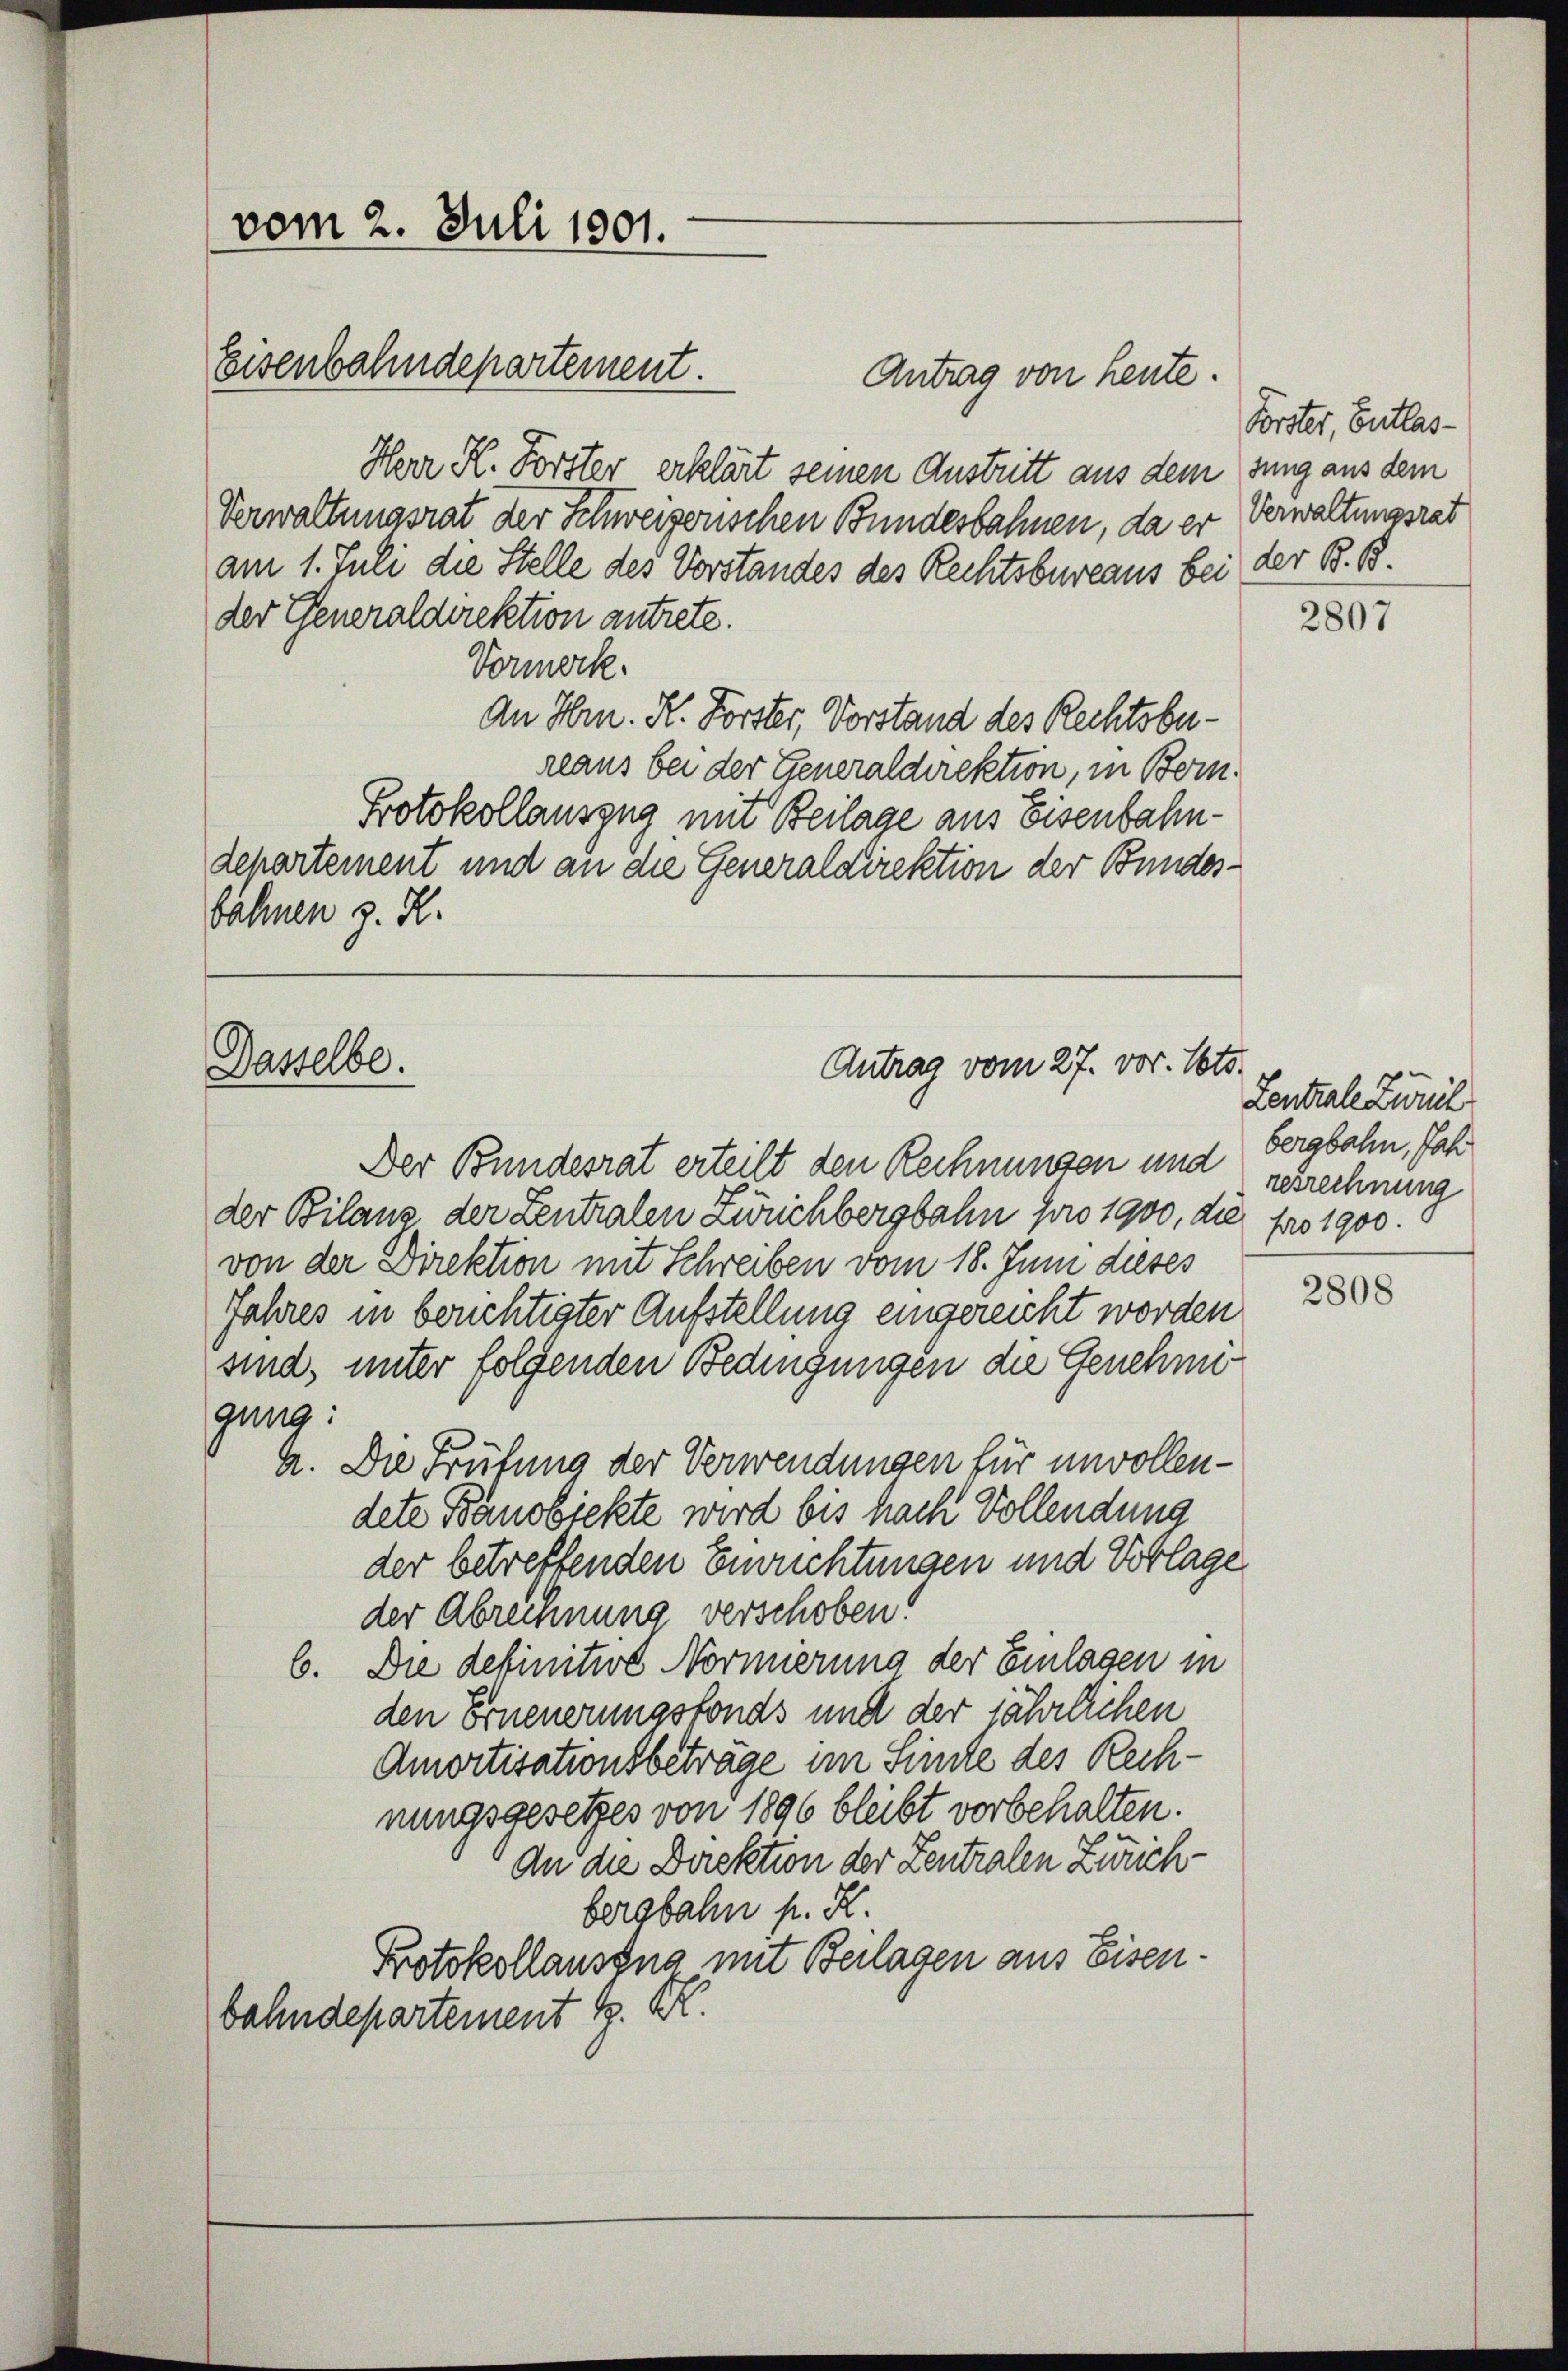
vom 2. Juli 1801.
Eisenbahndepartement.

Herr R. Forster erklärt seinen Austritt aus dem sung aus dem
Verwaltungsrat der Schweizerischen Bundesbahnen, da er Verwaltungsrat
am 1. Juli die Stelle des Vorstandes des Rechtsbureaus bei der B. B.
der Generaldirektion antrete.
Vormerk.
An Hrn. R. Forster, Vorstand des Rechtsbereaus bei der Generaldirektion, in Bern.
Protokollauszug mit Beilage aus Eisenbahndepartement und an die Generaldirektion der Bundesbähnen z. R.

Dasselbe.

Antrag von heute.

Antrag vom 27. vor. Mts.

Der Bundesrat erteilt den Rechnungen und Bergbahn, Jahder Bilanz der Zentralen Zürichbergbahn pro 1900, die pro 1900.
von der Direktion mit Schreiben vom 18. Juni dieses
Jahres in berichtigter Aufstellung eingereicht worden
sind, unter folgenden Bedingungen die Genehmigung:
A. Die Prüfung der Verwendungen für unvollendete Bandbickte wird bis nach Vollendung
der betreffenden Errichtungen und Vorlage
der Abrennung verschoben!
6. Die definitive Normierung der Einlagen in
den Erneuerungsfonds und der jährlichen
Amortisationsbeträge im Sinde des Rechnungsgesetzes von 1896 bleibt vorbehalten.
An die Direktion der Zentralen Zürichbergbahn p. K.
Protokollaussna mit Beilagen aus Eisenbahndepartement d. M.

Forster, Entlas¬

2807

Lentrale Zürich
resrechnung

2808